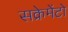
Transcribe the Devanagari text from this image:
सक्रेमेंटो